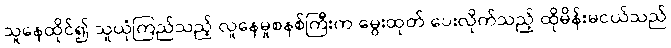
သူနေထိုင်၍ သူယုံကြည်သည့် လူနေမှုစနစ်ကြီးက မွေးထုတ် ပေးလိုက်သည့် ထိုမိန်းမငယ်သည်